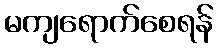
မကျရောက်စေရန်